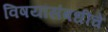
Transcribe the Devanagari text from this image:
विषयांसंबधींचे